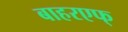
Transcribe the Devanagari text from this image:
बाहरएफ्